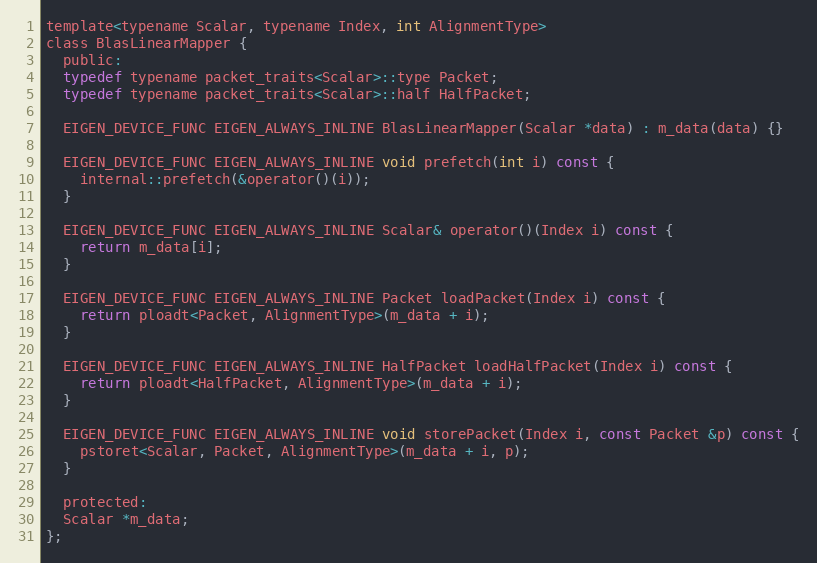
Language: C
template<typename Scalar, typename Index, int AlignmentType>
class BlasLinearMapper {
  public:
  typedef typename packet_traits<Scalar>::type Packet;
  typedef typename packet_traits<Scalar>::half HalfPacket;

  EIGEN_DEVICE_FUNC EIGEN_ALWAYS_INLINE BlasLinearMapper(Scalar *data) : m_data(data) {}

  EIGEN_DEVICE_FUNC EIGEN_ALWAYS_INLINE void prefetch(int i) const {
    internal::prefetch(&operator()(i));
  }

  EIGEN_DEVICE_FUNC EIGEN_ALWAYS_INLINE Scalar& operator()(Index i) const {
    return m_data[i];
  }

  EIGEN_DEVICE_FUNC EIGEN_ALWAYS_INLINE Packet loadPacket(Index i) const {
    return ploadt<Packet, AlignmentType>(m_data + i);
  }

  EIGEN_DEVICE_FUNC EIGEN_ALWAYS_INLINE HalfPacket loadHalfPacket(Index i) const {
    return ploadt<HalfPacket, AlignmentType>(m_data + i);
  }

  EIGEN_DEVICE_FUNC EIGEN_ALWAYS_INLINE void storePacket(Index i, const Packet &p) const {
    pstoret<Scalar, Packet, AlignmentType>(m_data + i, p);
  }

  protected:
  Scalar *m_data;
};